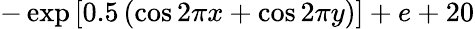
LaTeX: -\exp\left[0.5\left(\cos 2\pi x+\cos 2\pi y\right)\right]+e+20